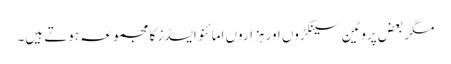
مگر بعض پروٹین سینکڑوں اور ہزاروں امائنو ایسڈز کا مجموعہ ہوتے ہیں۔